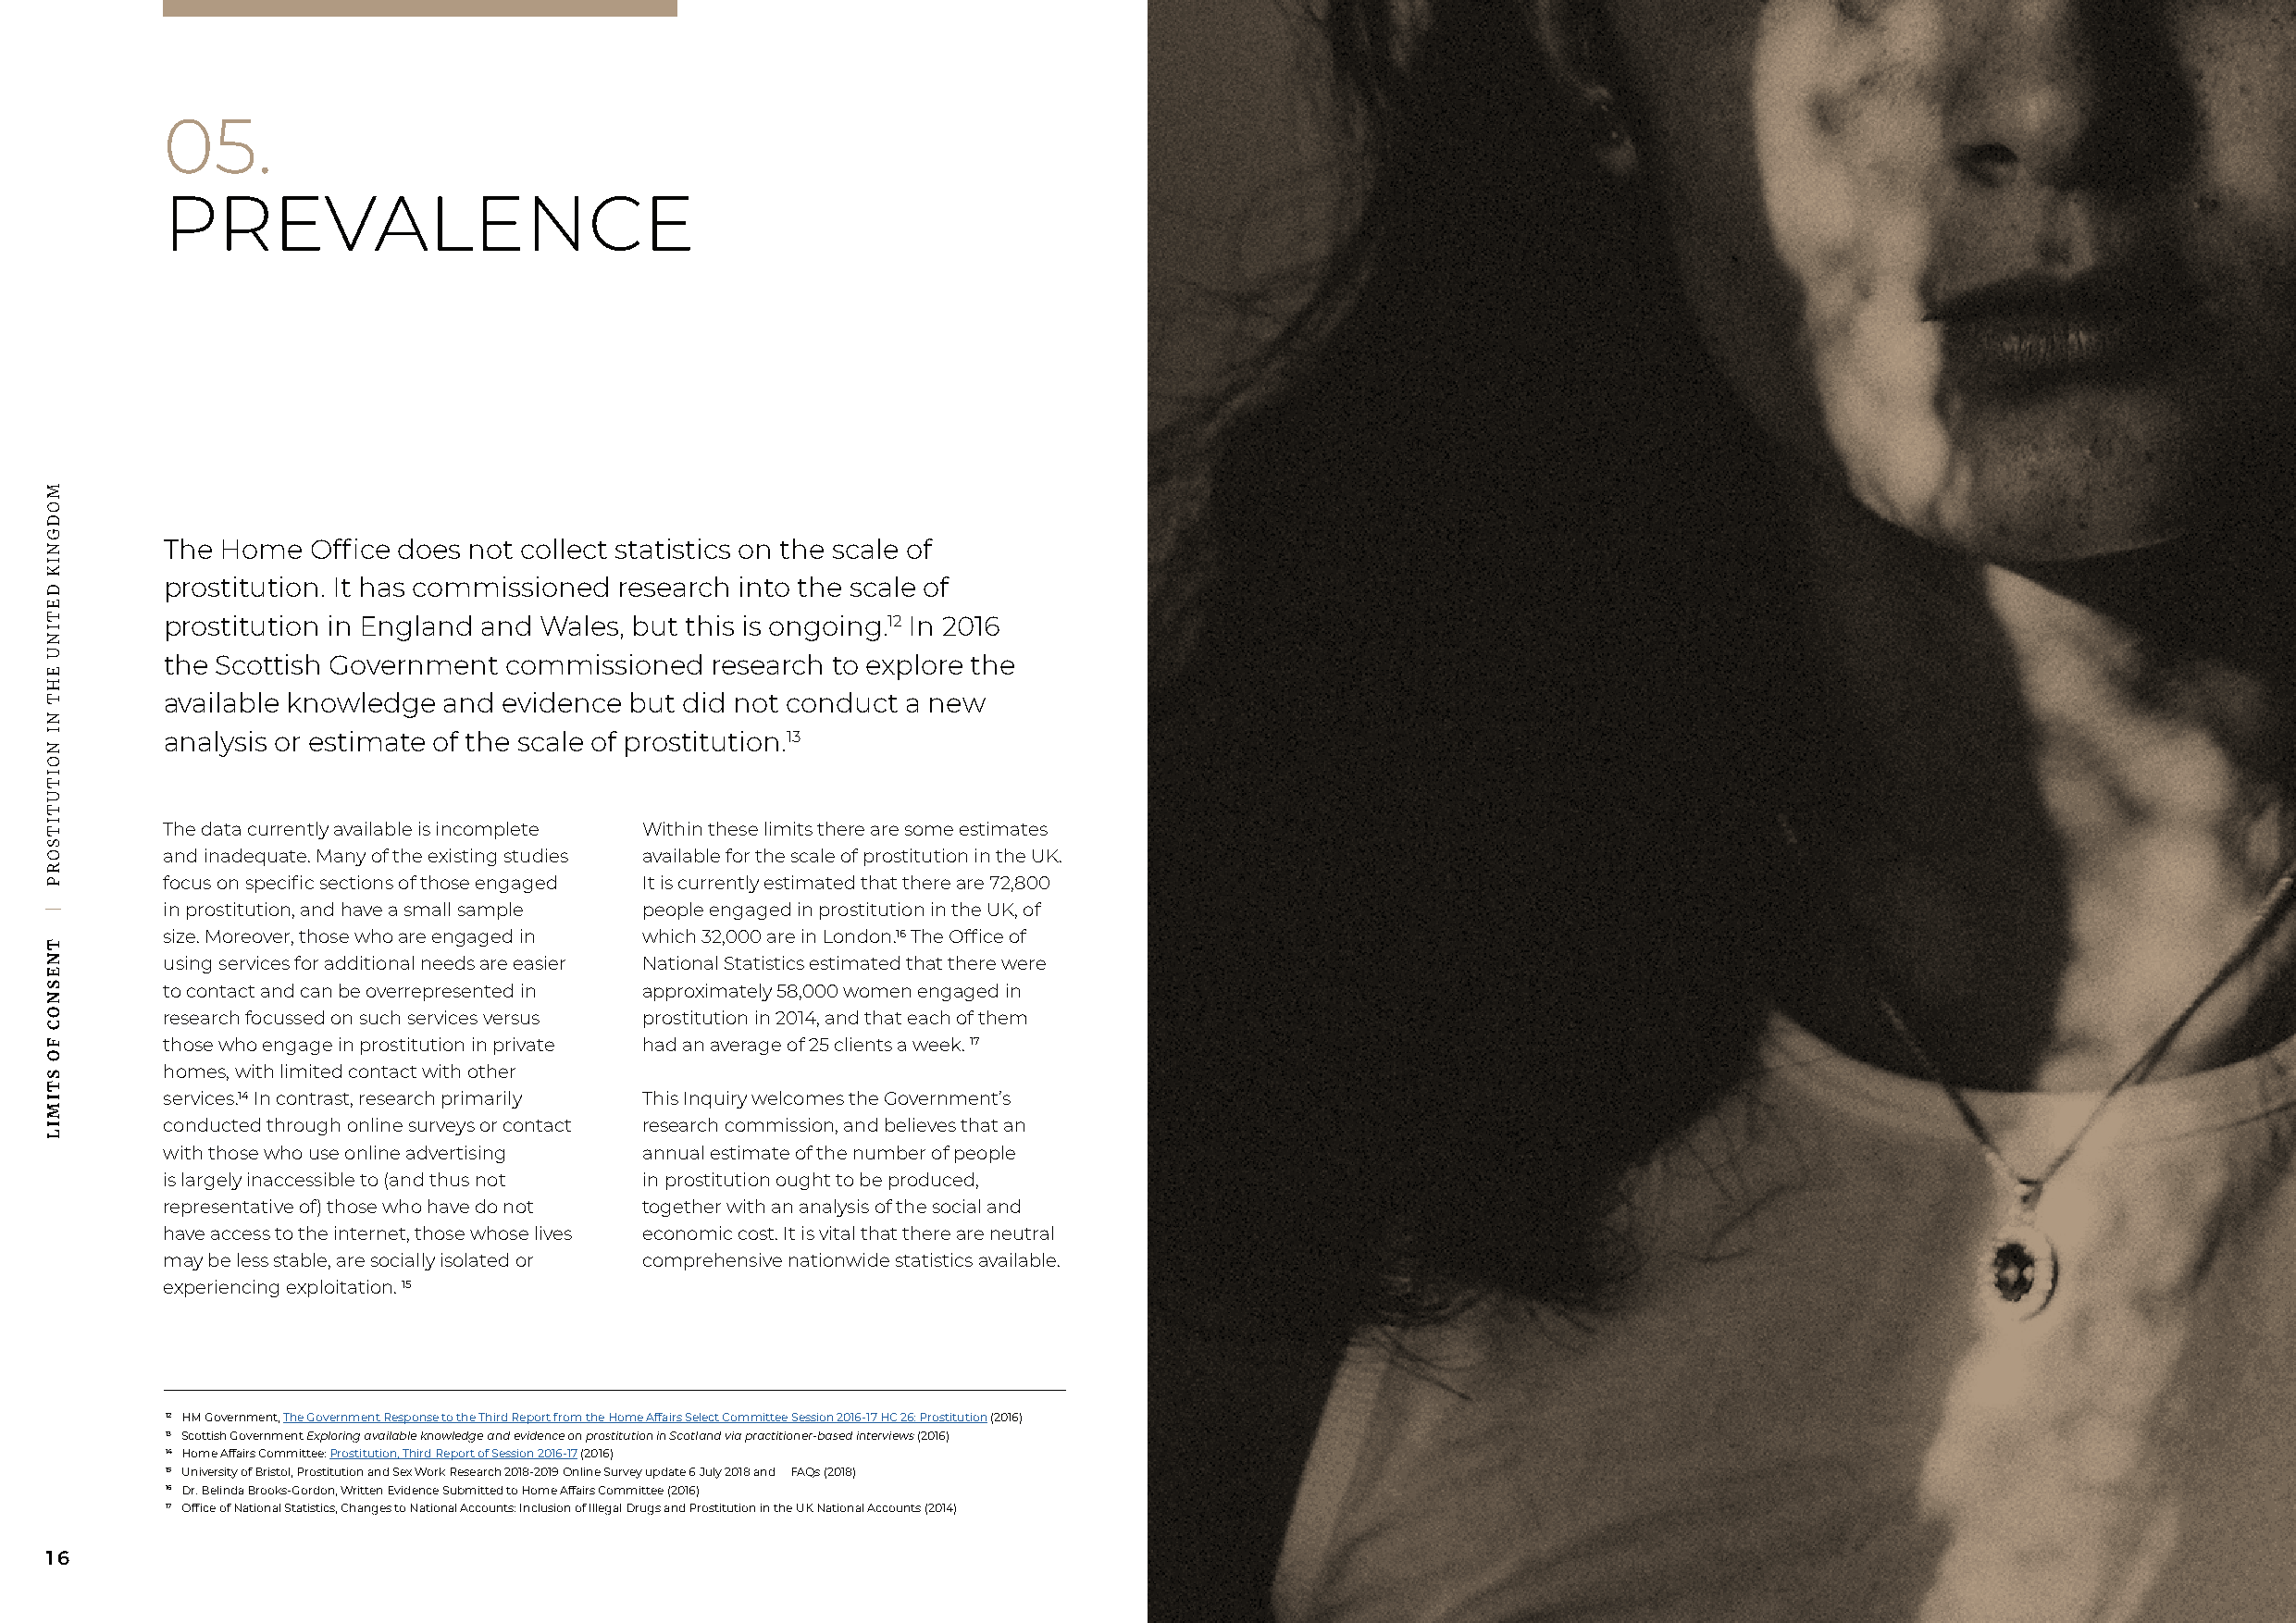
05.
 PREVALENCE
 The Home  Office does not collect statistics on the scale of
 prostitution. It has commissioned research into the scale of
 prostitution in England and Wales, but this is ongoing.12 In 2016
 the Scottish Government commissioned   research to explore the
 available knowledge and evidence but did not conduct a new
 analysis or estimate of the scale of prostitution.13
 The data currently available is incomplete Within these limits there are some estimates
 and inadequate. Many of the existing studies available for the scale of prostitution in the UK.
 focus on specific sections of those engaged It is currently estimated that there are 72,800
 in prostitution, and have a small sample people engaged in prostitution in the UK, of
 size. Moreover, those who are engaged in which 32,000 are in London.16 The Office of
 using services for additional needs are easier National Statistics estimated that there were
 to contact and can be overrepresented in approximately 58,000 women engaged in
 research focussed on such services versus prostitution in 2014, and that each of them
 those who engage in prostitution in private had an average of 25 clients a week. 17
 homes, with limited contact with other
 services.14 In contrast, research primarily This Inquiry welcomes the Government’s
 conducted through online surveys or contact research commission, and believes that an
 with those who use online advertising annual estimate of the number of people
 is largely inaccessible to (and thus not in prostitution ought to be produced,
 representative of) those who have do not together with an analysis of the social and
 have access to the internet, those whose lives economic cost. It is vital that there are neutral
 may be less stable, are socially isolated or comprehensive nationwide statistics available.
 experiencing exploitation. 15
 12 HM Government, The Government Response to the Third Report from the Home Affairs Select Committee Session 2016-17 HC 26: Prostitution (2016)
 13 Scottish Government Exploring available knowledge and evidence on prostitution in Scotland via practitioner-based interviews (2016)
 14 Home Affairs Committee: Prostitution, Third Report of Session 2016-17 (2016)
 15 University of Bristol, Prostitution and Sex Work Research 2018-2019 Online Survey update 6 July 2018 and FAQs (2018)
 16 Dr. Belinda Brooks-Gordon, Written Evidence Submitted to Home Affairs Committee (2016)
 17 Office of National Statistics, Changes to National Accounts: Inclusion of Illegal Drugs and Prostitution in the UK National Accounts (2014)
 16                                                                                                                                                       17
 MODGNIK
 DETINU
 EHT
 NI
 NOITUTITSORP
 |
 TNESNOC
 FO
 STIMIL